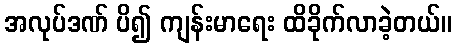
အလုပ်ဒဏ် ပိ၍ ကျန်းမာရေး ထိခိုက်လာခဲ့တယ်။